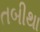
તબીથા